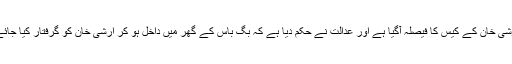
ارشی خان کے کیس کا فیصلہ آگیا ہے اور عدالت نے حکم دیا ہے کہ بگ باس کے گھر میں داخل ہو کر ارشی خان کو گرفتار کیا جائے۔